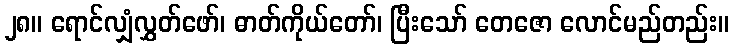
၂၈။ ရောင်လျှံလွှတ်ဖော်၊ ဓာတ်ကိုယ်တော်၊ ပြီးသော် တေဇော လောင်မည်တည်း။